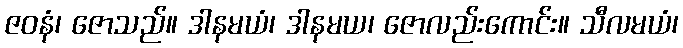
ဇဝနံ၊ ဇောသည်။ ဒါနမယံ၊ ဒါနမယ၊ ဇောလည်းကောင်း။ သီလမယံ၊